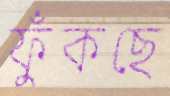
ফুঁকছে